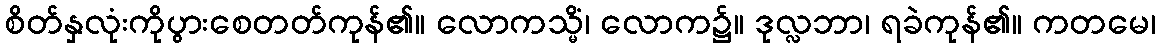
စိတ်နှလုံးကိုပွားစေတတ်ကုန်၏။ လောကသ္မိံ၊ လောက၌။ ဒုလ္လဘာ၊ ရခဲကုန်၏။ ကတမေ၊